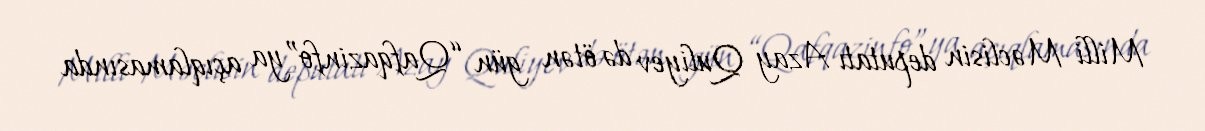
Milli Məclisin deputatı Azay Quliyev də ötən gün “Qafqazinfo”ya açıqlamasında